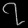
Digit: ၇